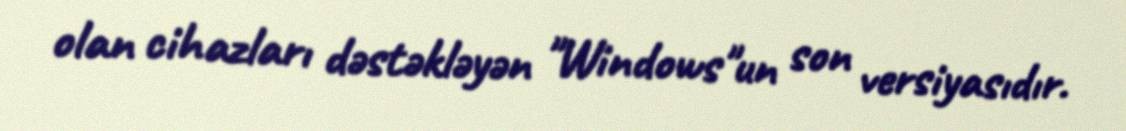
olan cihazları dəstəkləyən "Windows"un son versiyasıdır.